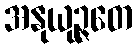
အနုယုဉ္ဇတေ